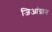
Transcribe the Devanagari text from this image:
जिआंग्नान